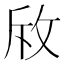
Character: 𭣨